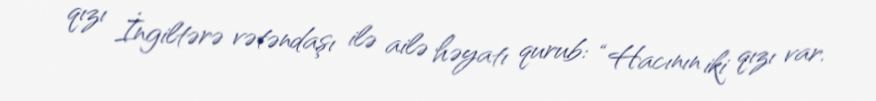
qızı İngiltərə vətəndaşı ilə ailə həyatı qurub: “Hacının iki qızı var.